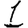
Digit: 1